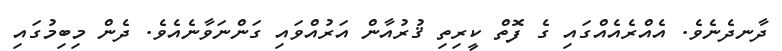
ދާނދެނެވެ. އެއްރެއެއްގައި ގެ ފޮތް ކީރިތި ޤުރުއާން އަރުއްވައި ގަންނަވާނެއެވެ. ދެން މިބިމުގައި